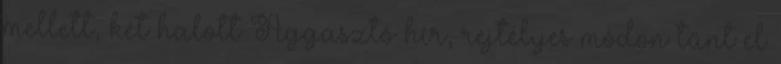
mellett, két halott Aggasztó hír, rejtélyes módon tűnt el